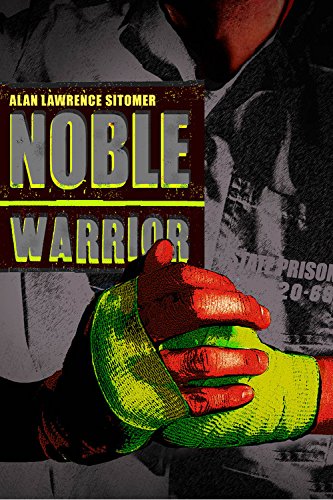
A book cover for Noble Warrior (Caged Warrior); Alan Lawrence Sitomer; Teen & Young Adult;